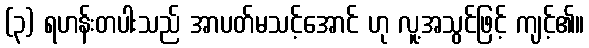
(၃) ရဟန်းတပါးသည် အာပတ်မသင့်အောင် ဟု လူ့အသွင်ဖြင့် ကျင့်၏။